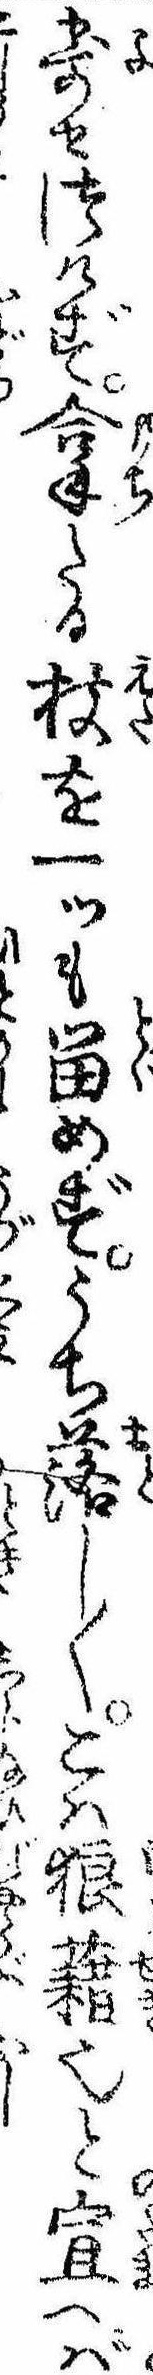
寄せつけず拿たる枝を一ッも留めずうち落し〱こは狼籍也と宣へば